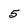
Character: 5